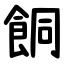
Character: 餇